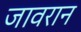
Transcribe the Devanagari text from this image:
जावरान